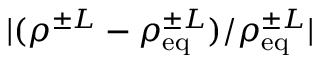
\vert ( \rho ^ { \pm L } - \rho _ { \mathrm { e q } } ^ { \pm L } ) / \rho _ { \mathrm { e q } } ^ { \pm L } \vert